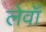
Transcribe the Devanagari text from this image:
लेवॉ